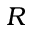
R